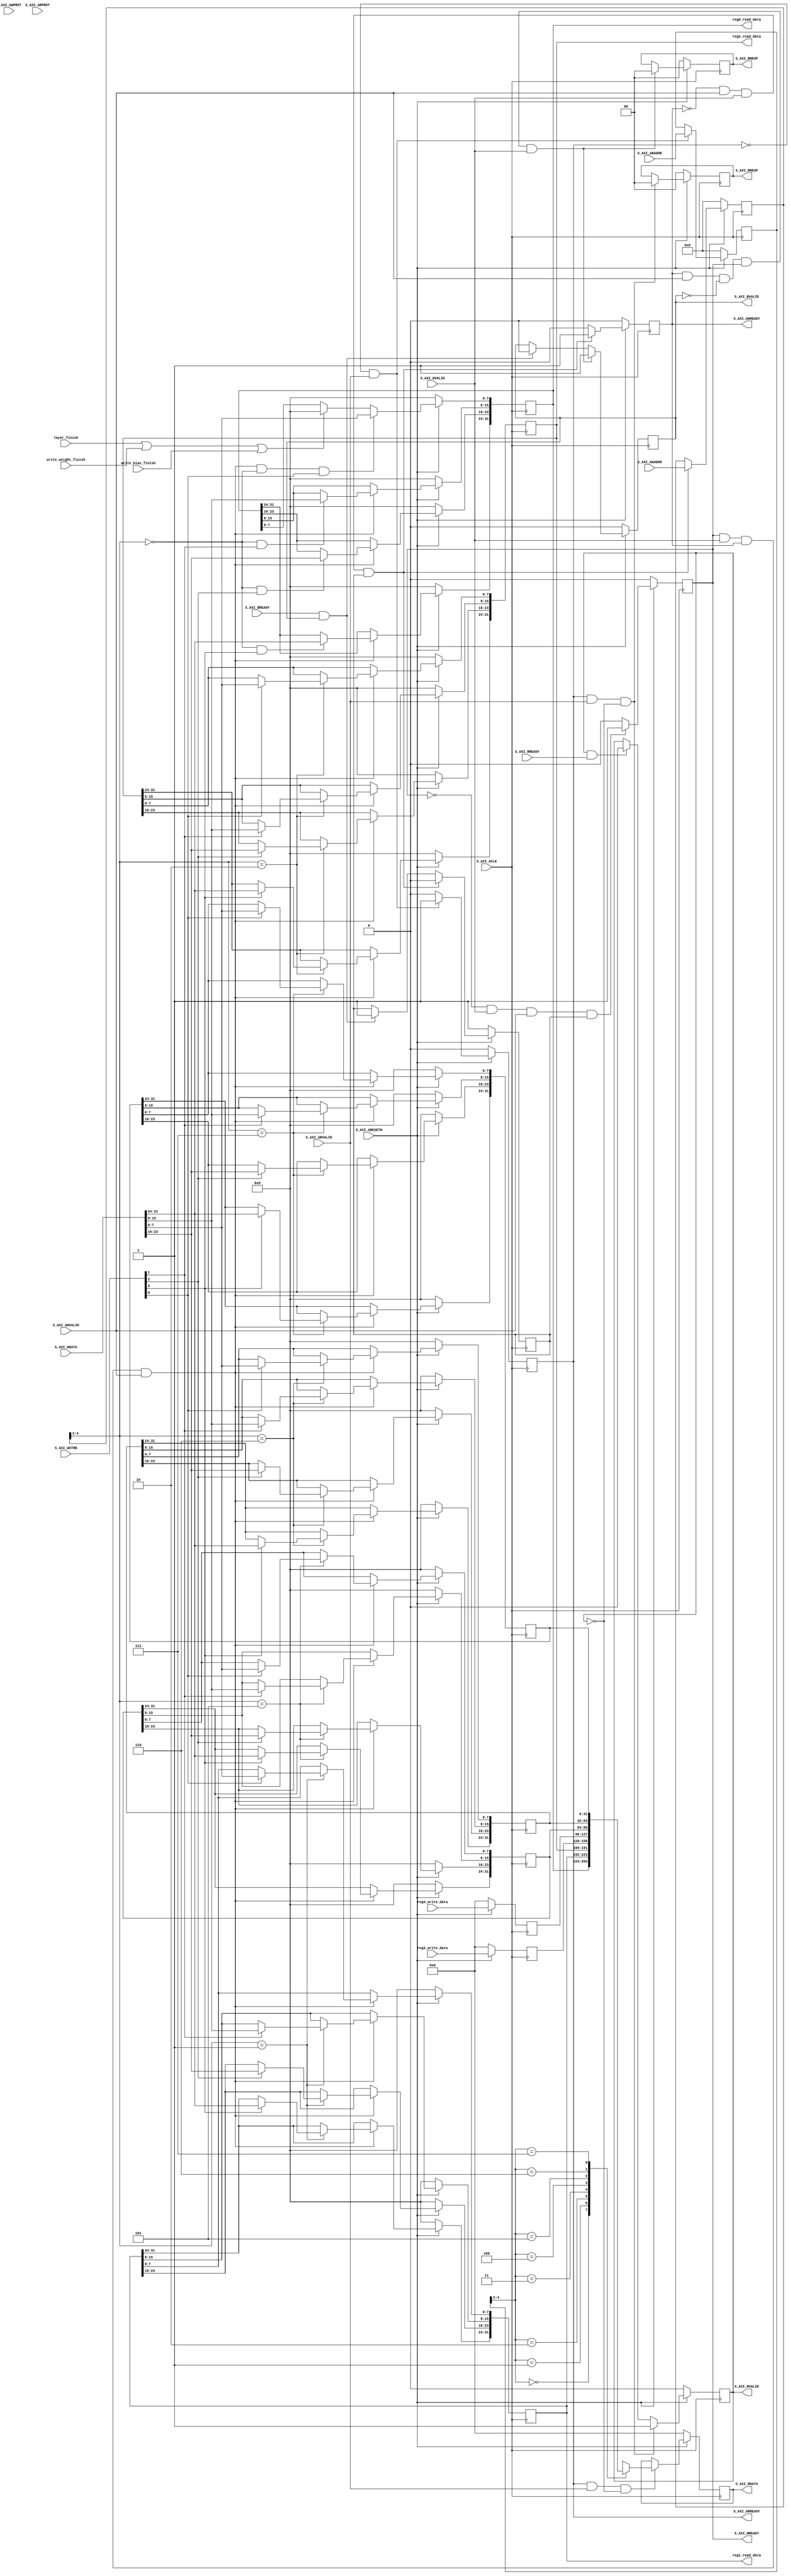
/*
	module  AXI_interface

	input   PS Control Signal 

	output  PL to PS ACK Signal

	AXI ProtocolPSControl UnitPS
	
	Memory Mapping
	reg                               [AXI]  [bit]     IO   Comment
	write weight,bias,compute_start   [0]    [ 7: 0]   I/O  instruction input/PL clear to 0 when finsih intruction 
	input_channel                     [0]    [19: 8]   I    
	ofmaps_channel                    [0]    [31:20]   I
	function                          [1]    [ 1: 0]   I
	ofmaps_width                      [1]    [10: 2]   I
	stride                            [1]    [13:11]   I
	kernel size                       [2]    [ 4: 0]   I
	

	reg3_write_data                   [3]    [31: 0]   O     PL load bias finishload weight finishCompute finsihBusy

	FSM
	control_load_weight_state         [4]    [ 4: 0]   O
	control_load_ifmaps_state         [4]    [ 9: 5]   O
	control_write_weight_state        [4]    [12:10]   O
	control_write_bias_state          [4]    [15:13]   O
	control_load_bias_state           [4]    [18:16]   O
	weight_bram_control_read_state    [4]    [20:19]   O
	weight_bram_control_write_state   [4]    [23:21]   O
	bias_bram_control_read_state      [4]    [25:24]   O
	bias_bram_control_write_state     [4]    [28:26]   O
*/
`timescale  10ns / 10ns
	module AXI_interface #
	(
		// Users to add parameters here

		// User parameters ends
		// Do not modify the parameters beyond this line

		// Width of S_AXI data bus
		parameter integer C_S_AXI_DATA_WIDTH	= 32,
		// Width of S_AXI address bus
		parameter integer C_S_AXI_ADDR_WIDTH	= 5
	)
	(
		// Users to add ports here
		
			//data
		output wire [C_S_AXI_DATA_WIDTH-1:0] reg0_read_data,
		output wire [C_S_AXI_DATA_WIDTH-1:0] reg1_read_data,
		output wire [C_S_AXI_DATA_WIDTH-1:0] reg2_read_data,
		input wire [C_S_AXI_DATA_WIDTH-1:0] reg3_write_data,
		input wire [C_S_AXI_DATA_WIDTH-1:0] reg4_write_data,
			//control
		input wire layer_finish,
		input wire write_weight_finish,
		input wire write_bias_finish,
		// User ports ends
		// Do not modify the ports beyond this line

		// Global Clock Signal
		input wire  S_AXI_ACLK,
		// Global Reset Signal. This Signal is Active LOW
		input wire  S_AXI_ARESETN,
		// Write address (issued by master, acceped by Slave)
		input wire [C_S_AXI_ADDR_WIDTH-1 : 0] S_AXI_AWADDR,
		// Write channel Protection type. This signal indicates the
    		// privilege and security level of the transaction, and whether
    		// the transaction is a data access or an instruction access.
		input wire [2 : 0] S_AXI_AWPROT,
		// Write address valid. This signal indicates that the master signaling
    		// valid write address and control information.
		input wire  S_AXI_AWVALID,
		// Write address ready. This signal indicates that the slave is ready
    		// to accept an address and associated control signals.
		output wire  S_AXI_AWREADY,
		// Write data (issued by master, acceped by Slave) 
		input wire [C_S_AXI_DATA_WIDTH-1 : 0] S_AXI_WDATA,
		// Write strobes. This signal indicates which byte lanes hold
    		// valid data. There is one write strobe bit for each eight
    		// bits of the write data bus.    
		input wire [(C_S_AXI_DATA_WIDTH/8)-1 : 0] S_AXI_WSTRB,
		// Write valid. This signal indicates that valid write
    		// data and strobes are available.
		input wire  S_AXI_WVALID,
		// Write ready. This signal indicates that the slave
    		// can accept the write data.
		output wire  S_AXI_WREADY,
		// Write response. This signal indicates the status
    		// of the write transaction.
		output wire [1 : 0] S_AXI_BRESP,
		// Write response valid. This signal indicates that the channel
    		// is signaling a valid write response.
		output wire  S_AXI_BVALID,
		// Response ready. This signal indicates that the master
    		// can accept a write response.
		input wire  S_AXI_BREADY,
		// Read address (issued by master, acceped by Slave)
		input wire [C_S_AXI_ADDR_WIDTH-1 : 0] S_AXI_ARADDR,
		// Protection type. This signal indicates the privilege
    		// and security level of the transaction, and whether the
    		// transaction is a data access or an instruction access.
		input wire [2 : 0] S_AXI_ARPROT,
		// Read address valid. This signal indicates that the channel
    		// is signaling valid read address and control information.
		input wire  S_AXI_ARVALID,
		// Read address ready. This signal indicates that the slave is
    		// ready to accept an address and associated control signals.
		output wire  S_AXI_ARREADY,
		// Read data (issued by slave)
		output wire [C_S_AXI_DATA_WIDTH-1 : 0] S_AXI_RDATA,
		// Read response. This signal indicates the status of the
    		// read transfer.
		output wire [1 : 0] S_AXI_RRESP,
		// Read valid. This signal indicates that the channel is
    		// signaling the required read data.
		output wire  S_AXI_RVALID,
		// Read ready. This signal indicates that the master can
    		// accept the read data and response information.
		input wire  S_AXI_RREADY
	);

	// AXI4LITE signals
	reg [C_S_AXI_ADDR_WIDTH-1 : 0] 	axi_awaddr;
	reg  	axi_awready;
	reg  	axi_wready;
	reg [1 : 0] 	axi_bresp;
	reg  	axi_bvalid;
	reg [C_S_AXI_ADDR_WIDTH-1 : 0] 	axi_araddr;
	reg  	axi_arready;
	reg [C_S_AXI_DATA_WIDTH-1 : 0] 	axi_rdata;
	reg [1 : 0] 	axi_rresp;
	reg  	axi_rvalid;

	// Example-specific design signals
	// local parameter for addressing 32 bit / 64 bit C_S_AXI_DATA_WIDTH
	// ADDR_LSB is used for addressing 32/64 bit registers/memories
	// ADDR_LSB = 2 for 32 bits (n downto 2)
	// ADDR_LSB = 3 for 64 bits (n downto 3)
	localparam integer ADDR_LSB = (C_S_AXI_DATA_WIDTH/32) + 1;
	localparam integer OPT_MEM_ADDR_BITS = 2;
	//----------------------------------------------
	//-- Signals for user logic register space example
	//------------------------------------------------
	//-- Number of Slave Registers 4
	reg [C_S_AXI_DATA_WIDTH-1:0]	slv_reg0;
	reg [C_S_AXI_DATA_WIDTH-1:0]	slv_reg1;
	reg [C_S_AXI_DATA_WIDTH-1:0]	slv_reg2;
	reg [C_S_AXI_DATA_WIDTH-1:0]	slv_reg3;
	reg [C_S_AXI_DATA_WIDTH-1:0]	slv_reg4;
	reg [C_S_AXI_DATA_WIDTH-1:0]	slv_reg5;
	reg [C_S_AXI_DATA_WIDTH-1:0]	slv_reg6;
	reg [C_S_AXI_DATA_WIDTH-1:0]	slv_reg7;
	wire	 slv_reg_rden;
	wire	 slv_reg_wren;
	reg [C_S_AXI_DATA_WIDTH-1:0]	 reg_data_out;
	integer	 byte_index;
	reg	 aw_en;

	// I/O Connections assignments

	assign S_AXI_AWREADY	= axi_awready;
	assign S_AXI_WREADY	= axi_wready;
	assign S_AXI_BRESP	= axi_bresp;
	assign S_AXI_BVALID	= axi_bvalid;
	assign S_AXI_ARREADY	= axi_arready;
	assign S_AXI_RDATA	= axi_rdata;
	assign S_AXI_RRESP	= axi_rresp;
	assign S_AXI_RVALID	= axi_rvalid;
	// Implement axi_awready generation
	// axi_awready is asserted for one S_AXI_ACLK clock cycle when both
	// S_AXI_AWVALID and S_AXI_WVALID are asserted. axi_awready is
	// de-asserted when reset is low.

	always @( posedge S_AXI_ACLK )
	begin
	  if ( S_AXI_ARESETN == 1'b0 )
	    begin
	      axi_awready <= 1'b0;
	      aw_en <= 1'b1;
	    end 
	  else
	    begin    
	      if (~axi_awready && S_AXI_AWVALID && S_AXI_WVALID && aw_en)
	        begin
	          // slave is ready to accept write address when 
	          // there is a valid write address and write data
	          // on the write address and data bus. This design 
	          // expects no outstanding transactions. 
	          axi_awready <= 1'b1;
	          aw_en <= 1'b0;
	        end
	        else if (S_AXI_BREADY && axi_bvalid)
	            begin
	              aw_en <= 1'b1;
	              axi_awready <= 1'b0;
	            end
	      else           
	        begin
	          axi_awready <= 1'b0;
	        end
	    end 
	end       

	// Implement axi_awaddr latching
	// This process is used to latch the address when both 
	// S_AXI_AWVALID and S_AXI_WVALID are valid. 

	always @( posedge S_AXI_ACLK )
	begin
	  if ( S_AXI_ARESETN == 1'b0 )
	    begin
	      axi_awaddr <= 0;
	    end 
	  else
	    begin    
	      if (~axi_awready && S_AXI_AWVALID && S_AXI_WVALID && aw_en)
	        begin
	          // Write Address latching 
	          axi_awaddr <= S_AXI_AWADDR;
	        end
	    end 
	end       

	// Implement axi_wready generation
	// axi_wready is asserted for one S_AXI_ACLK clock cycle when both
	// S_AXI_AWVALID and S_AXI_WVALID are asserted. axi_wready is 
	// de-asserted when reset is low. 

	always @( posedge S_AXI_ACLK )
	begin
	  if ( S_AXI_ARESETN == 1'b0 )
	    begin
	      axi_wready <= 1'b0;
	    end 
	  else
	    begin    
	      if (~axi_wready && S_AXI_WVALID && S_AXI_AWVALID && aw_en )
	        begin
	          // slave is ready to accept write data when 
	          // there is a valid write address and write data
	          // on the write address and data bus. This design 
	          // expects no outstanding transactions. 
	          axi_wready <= 1'b1;
	        end
	      else
	        begin
	          axi_wready <= 1'b0;
	        end
	    end 
	end       

	// Implement memory mapped register select and write logic generation
	// The write data is accepted and written to memory mapped registers when
	// axi_awready, S_AXI_WVALID, axi_wready and S_AXI_WVALID are asserted. Write strobes are used to
	// select byte enables of slave registers while writing.
	// These registers are cleared when reset (active low) is applied.
	// Slave register write enable is asserted when valid address and data are available
	// and the slave is ready to accept the write address and write data.
	assign slv_reg_wren = axi_wready && S_AXI_WVALID && axi_awready && S_AXI_AWVALID;

	always @( posedge S_AXI_ACLK )
	begin
	  if ( S_AXI_ARESETN == 1'b0 )
	    begin
	      slv_reg0 <= 0;
	      slv_reg1 <= 0;
	      slv_reg2 <= 0;
	      slv_reg3 <= 0;
		  slv_reg4 <= 0;
	      slv_reg5 <= 0;
	      slv_reg6 <= 0;
	      slv_reg7 <= 0;
	    end 
	  else begin
	    if (slv_reg_wren) begin
			//codereadwriteslv_reg
	    	case ( axi_awaddr[ADDR_LSB+OPT_MEM_ADDR_BITS:ADDR_LSB] )
	        //   2'h0:
	        //     for ( byte_index = 0; byte_index <= (C_S_AXI_DATA_WIDTH/8)-1; byte_index = byte_index+1 )
	        //       if ( S_AXI_WSTRB[byte_index] == 1 ) begin
	        //         // Respective byte enables are asserted as per write strobes 
	        //         // Slave register 0
	        //         slv_reg0[(byte_index*8) +: 8] <= S_AXI_WDATA[(byte_index*8) +: 8];
	        //       end  
	          	3'h1:
					for ( byte_index = 0; byte_index <= (C_S_AXI_DATA_WIDTH/8)-1; byte_index = byte_index+1 )
						if ( S_AXI_WSTRB[byte_index] == 1 ) begin
							// Respective byte enables are asserted as per write strobes 
							// Slave register 1
							slv_reg1[(byte_index*8) +: 8] <= S_AXI_WDATA[(byte_index*8) +: 8];
						end  
	          	3'h2:
	            	for ( byte_index = 0; byte_index <= (C_S_AXI_DATA_WIDTH/8)-1; byte_index = byte_index+1 )
						if ( S_AXI_WSTRB[byte_index] == 1 ) begin
							// Respective byte enables are asserted as per write strobes 
							// Slave register 2
							slv_reg2[(byte_index*8) +: 8] <= S_AXI_WDATA[(byte_index*8) +: 8];
						end  
	        //   2'h3:
	        //     for ( byte_index = 0; byte_index <= (C_S_AXI_DATA_WIDTH/8)-1; byte_index = byte_index+1 )
	        //       if ( S_AXI_WSTRB[byte_index] == 1 ) begin
	        //         // Respective byte enables are asserted as per write strobes 
	        //         // Slave register 3
	        //         slv_reg3[(byte_index*8) +: 8] <= S_AXI_WDATA[(byte_index*8) +: 8];
	        //       end  
			  	// 3'h4:
				// 	for ( byte_index = 0; byte_index <= (C_S_AXI_DATA_WIDTH/8)-1; byte_index = byte_index+1 )
				// 		if ( S_AXI_WSTRB[byte_index] == 1 ) begin
				// 			// Respective byte enables are asserted as per write strobes 
				// 			// Slave register 4
				// 			slv_reg4[(byte_index*8) +: 8] <= S_AXI_WDATA[(byte_index*8) +: 8];
				// 		end
				3'h5:
					for ( byte_index = 0; byte_index <= (C_S_AXI_DATA_WIDTH/8)-1; byte_index = byte_index+1 )
						if ( S_AXI_WSTRB[byte_index] == 1 ) begin
							// Respective byte enables are asserted as per write strobes 
							// Slave register 5
							slv_reg5[(byte_index*8) +: 8] <= S_AXI_WDATA[(byte_index*8) +: 8];
						end
				3'h6:
					for ( byte_index = 0; byte_index <= (C_S_AXI_DATA_WIDTH/8)-1; byte_index = byte_index+1 )
						if ( S_AXI_WSTRB[byte_index] == 1 ) begin
							// Respective byte enables are asserted as per write strobes 
							// Slave register 6
							slv_reg6[(byte_index*8) +: 8] <= S_AXI_WDATA[(byte_index*8) +: 8];
						end
				3'h7:
					for ( byte_index = 0; byte_index <= (C_S_AXI_DATA_WIDTH/8)-1; byte_index = byte_index+1 )
						if ( S_AXI_WSTRB[byte_index] == 1 ) begin
							// Respective byte enables are asserted as per write strobes 
							// Slave register 7
							slv_reg7[(byte_index*8) +: 8] <= S_AXI_WDATA[(byte_index*8) +: 8];
						end
					
				default : begin
					//   slv_reg0 <= slv_reg0;
					slv_reg1 <= slv_reg1;
					slv_reg2 <= slv_reg2;
					// slv_reg4 <= slv_reg4;
					slv_reg5 <= slv_reg5;
					slv_reg6 <= slv_reg6;
					slv_reg7 <= slv_reg7;
					//   slv_reg3 <= slv_reg3;
				end
	        endcase
			//reg0 control
			
			slv_reg0[15:8]<=((axi_awaddr[ADDR_LSB+OPT_MEM_ADDR_BITS:ADDR_LSB]==3'h0) && (S_AXI_WSTRB[1] == 1)) ? S_AXI_WDATA[15:8]:slv_reg0[15:8];
			slv_reg0[23:16]<=((axi_awaddr[ADDR_LSB+OPT_MEM_ADDR_BITS:ADDR_LSB]==3'h0) && (S_AXI_WSTRB[2] == 1)) ? S_AXI_WDATA[23:16]:slv_reg0[23:16];
			slv_reg0[31:24]<=((axi_awaddr[ADDR_LSB+OPT_MEM_ADDR_BITS:ADDR_LSB]==3'h0) && (S_AXI_WSTRB[3] == 1)) ? S_AXI_WDATA[31:24]:slv_reg0[31:24];
	
			
			// slv_reg3<=reg3_write_data;
	    end
		
		/////////////////PL WRITE BACK/////////////////////////////

		slv_reg0[7:0] <= ((slv_reg_wren) && (axi_awaddr[ADDR_LSB+OPT_MEM_ADDR_BITS:ADDR_LSB]==3'h0) && (S_AXI_WSTRB[0] == 1)) ? S_AXI_WDATA[7:0]:
						 (layer_finish || write_weight_finish || write_bias_finish) ? 8'd0:slv_reg0[7:0];//

		//   slv_reg0[7:0] <= ((slv_reg_wren) && (axi_awaddr[ADDR_LSB+OPT_MEM_ADDR_BITS:ADDR_LSB]==2'h0) && (S_AXI_WSTRB[0] == 1)) ? S_AXI_WDATA[7:0]:slv_reg0[7:0];//
		  //write reg3
		// for ( byte_index = 0; byte_index <= (C_S_AXI_DATA_WIDTH/8)-1; byte_index = byte_index+1 ) begin
		//    	slv_reg3[(byte_index*8) +: 8] <= reg3_write_data[(byte_index*8) +: 8];
		// end
		slv_reg3 <= reg3_write_data;
		slv_reg4 <= reg4_write_data;
	  end

	  
	end    

	// Implement write response logic generation
	// The write response and response valid signals are asserted by the slave 
	// when axi_wready, S_AXI_WVALID, axi_wready and S_AXI_WVALID are asserted.  
	// This marks the acceptance of address and indicates the status of 
	// write transaction.

	always @( posedge S_AXI_ACLK )
	begin
	  if ( S_AXI_ARESETN == 1'b0 )
	    begin
	      axi_bvalid  <= 0;
	      axi_bresp   <= 2'b0;
	    end 
	  else
	    begin    
	      if (axi_awready && S_AXI_AWVALID && ~axi_bvalid && axi_wready && S_AXI_WVALID)
	        begin
	          // indicates a valid write response is available
	          axi_bvalid <= 1'b1;
	          axi_bresp  <= 2'b0; // 'OKAY' response 
	        end                   // work error responses in future
	      else
	        begin
	          if (S_AXI_BREADY && axi_bvalid) 
	            //check if bready is asserted while bvalid is high) 
	            //(there is a possibility that bready is always asserted high)   
	            begin
	              axi_bvalid <= 1'b0; 
	            end  
	        end
	    end
	end   

	// Implement axi_arready generation
	// axi_arready is asserted for one S_AXI_ACLK clock cycle when
	// S_AXI_ARVALID is asserted. axi_awready is 
	// de-asserted when reset (active low) is asserted. 
	// The read address is also latched when S_AXI_ARVALID is 
	// asserted. axi_araddr is reset to zero on reset assertion.

	always @( posedge S_AXI_ACLK )
	begin
	  if ( S_AXI_ARESETN == 1'b0 )
	    begin
	      axi_arready <= 1'b0;
	      axi_araddr  <= 32'b0;
	    end 
	  else
	    begin    
	      if (~axi_arready && S_AXI_ARVALID)
	        begin
	          // indicates that the slave has acceped the valid read address
	          axi_arready <= 1'b1;
	          // Read address latching
	          axi_araddr  <= S_AXI_ARADDR;
	        end
	      else
	        begin
	          axi_arready <= 1'b0;
	        end
	    end 
	end       

	// Implement axi_arvalid generation
	// axi_rvalid is asserted for one S_AXI_ACLK clock cycle when both 
	// S_AXI_ARVALID and axi_arready are asserted. The slave registers 
	// data are available on the axi_rdata bus at this instance. The 
	// assertion of axi_rvalid marks the validity of read data on the 
	// bus and axi_rresp indicates the status of read transaction.axi_rvalid 
	// is deasserted on reset (active low). axi_rresp and axi_rdata are 
	// cleared to zero on reset (active low).  
	always @( posedge S_AXI_ACLK )
	begin
	  if ( S_AXI_ARESETN == 1'b0 )
	    begin
	      axi_rvalid <= 0;
	      axi_rresp  <= 0;
	    end 
	  else
	    begin    
	      if (axi_arready && S_AXI_ARVALID && ~axi_rvalid)
	        begin
	          // Valid read data is available at the read data bus
	          axi_rvalid <= 1'b1;
	          axi_rresp  <= 2'b0; // 'OKAY' response
	        end   
	      else if (axi_rvalid && S_AXI_RREADY)
	        begin
	          // Read data is accepted by the master
	          axi_rvalid <= 1'b0;
	        end                
	    end
	end    

	// Implement memory mapped register select and read logic generation
	// Slave register read enable is asserted when valid address is available
	// and the slave is ready to accept the read address.
	assign slv_reg_rden = axi_arready & S_AXI_ARVALID & ~axi_rvalid;
	always @(*)
	begin
	      // Address decoding for reading registers
	      case ( axi_araddr[ADDR_LSB+OPT_MEM_ADDR_BITS:ADDR_LSB] )
	        3'h0   : reg_data_out <= slv_reg0;
	        3'h1   : reg_data_out <= slv_reg1;
	        3'h2   : reg_data_out <= slv_reg2;
	        3'h3   : reg_data_out <= slv_reg3;
			3'h4   : reg_data_out <= slv_reg4;
	        3'h5   : reg_data_out <= slv_reg5;
	        3'h6   : reg_data_out <= slv_reg6;
	        3'h7   : reg_data_out <= slv_reg7;
	        default : reg_data_out <= 0;
	      endcase
	end

	// Output register or memory read data
	always @( posedge S_AXI_ACLK )
	begin
	  if ( S_AXI_ARESETN == 1'b0 )
	    begin
	      axi_rdata  <= 0;
	    end 
	  else
	    begin    
	      // When there is a valid read address (S_AXI_ARVALID) with 
	      // acceptance of read address by the slave (axi_arready), 
	      // output the read dada 
	      if (slv_reg_rden)
	        begin
	          axi_rdata <= reg_data_out;     // register read data
	        end   
	    end
	end    

	// Add user logic here
	assign reg0_read_data=slv_reg0;
	assign reg1_read_data=slv_reg1;
	assign reg2_read_data=slv_reg2;
	// User logic ends

	endmodule